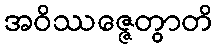
အဝိဿဇ္ဇေတွာတိ